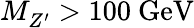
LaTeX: M_{Z^{\prime}}^{}>100~\mathrm{GeV}